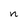
Character: n